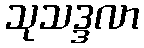
သုသဒ္ဒလာ